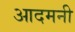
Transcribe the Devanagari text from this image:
आदमनी